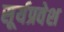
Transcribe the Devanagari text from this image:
सूर्यप्रवेश